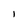
Character: l